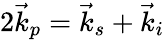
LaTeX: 2\vec{k}_{p}=\vec{k}_{s}+\vec{k}_{i}